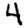
Digit: 4